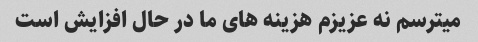
میترسم نه عزیزم هزینه های ما در حال افزایش است